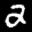
Label: 2